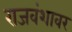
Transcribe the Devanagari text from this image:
राजवंशावर